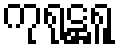
ကုရုဋ္ဌရူ